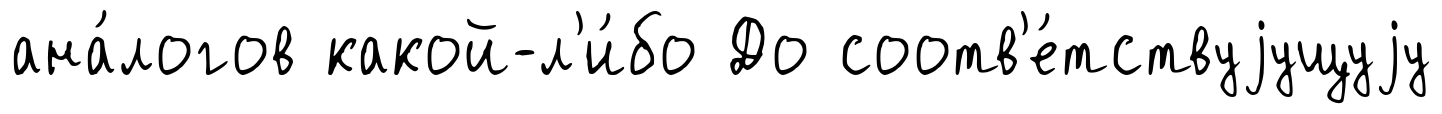
ана́логов какой-л'и́бо До соотв'е́тствуjущуjу